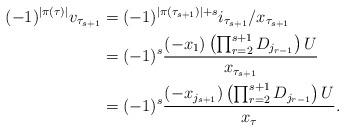
LaTeX: \begin{align*}(-1)^{|\pi(\tau)|}v_{\tau_{s+1}}&=(-1)^{|\pi(\tau_{s+1})|+s}i_{\tau_{s+1}}/x_{\tau_{s+1}}\\&=(-1)^{s} \frac{(-x_1)\left(\prod_{r=2}^{s+1} D_{j_{r-1}}\right) U}{x_{\tau_{s+1}}}\\&=(-1)^{s} \frac{(-x_{j_{s+1}})\left(\prod_{r=2}^{s+1} D_{j_{r-1}}\right) U}{x_\tau}. \end{align*}